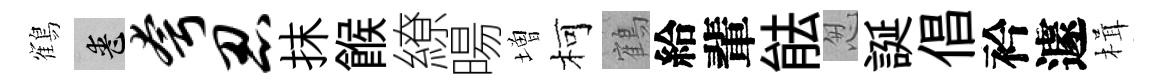
鶴喪夸忍抹餱繚暘増柯鶴給輩䏻怱誕倡衿遽楫